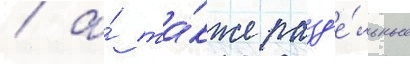
/ а́ та́кже разд'е́льные